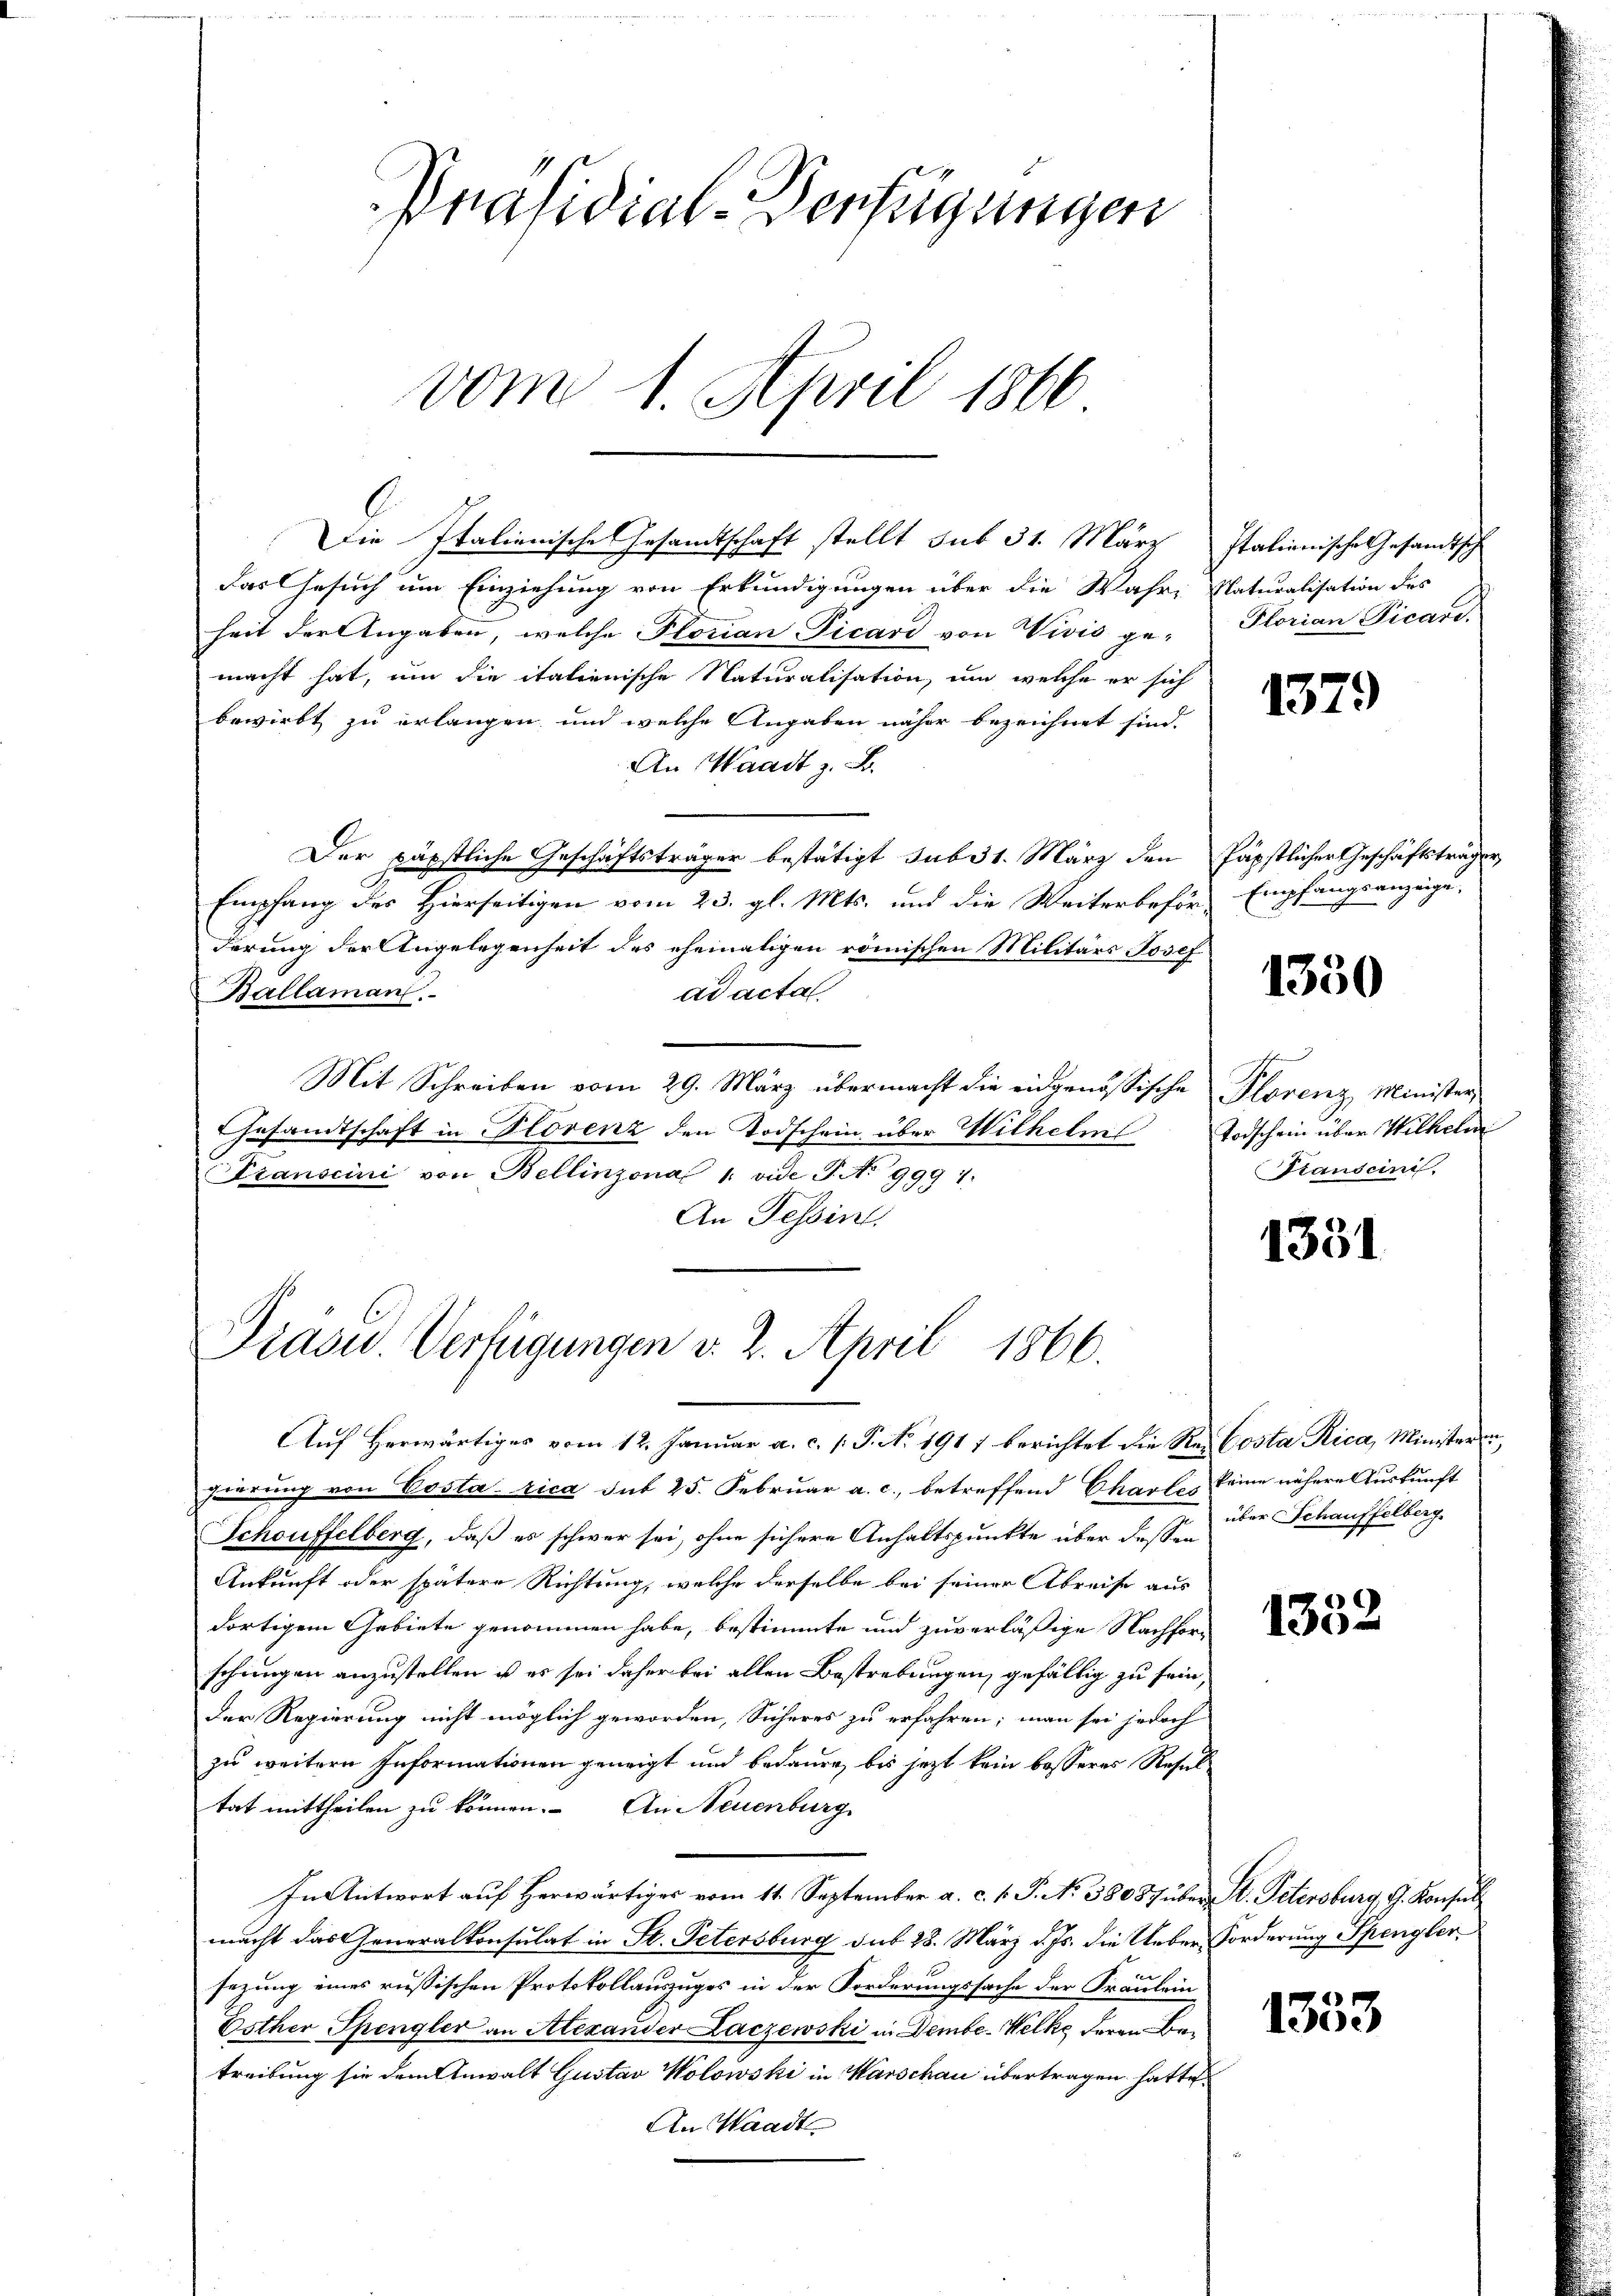
Präsidial-Verfügungen
vom 1. April 1866

Die Italienische Gesandtschaft stellt sub 31. März Italienische Gesandtsch
das Gesuch um Einziehung von Erkundigungen über die Wahre Naturalisation des
heit der Angaben, welche Florian Picard von Vivis ge-
macht hat, um die italienische Naturalisation, um welche er sich
bewirkt zu erlangen, und welche Angaben näher bezeichnet sind.
An Waadt z. B.
Der päpstliche Geschäftsträger bestätigt sub 31. März den Päpstlicher Geschäftsträg
Empfang des Hierseitigen vom 23. gl. Mts. und die Weiterbeför-
derung der Angelegenheit des ehemaligen römischen Militärs Josef
ad acta
Ballaman.
Mit Schreiben vom 29. März übermacht die eingenössische Plorenz Minister
Gesandtschaft in Plorenz den Todschein über Wilhelms Todschein über Wilhelm
Transcini von Bellinzona 1. vide S. No 999 1
An Tessin,

Präsid.. Verfügungen v. 2. April 1866.

Auf Herwärtiges vom 12. Januar a. c. (T. No 1917 berichtet die Rei Costa Rica, Minister u
sierung von Costa rica sub 25. Februar a. c., betreffend Charles keine nähere Auskunft
Schouffelberg, daß es schwer sei, ohne sichere Anhaltspunkte über deßen über Schauffelberg
Ankunft oder spätere Richtung, welche derselbe bei seiner Abreise aus
dortigem Gebiete genommen habe, bestimmte und zuverläßige Nachforschungen anzustellen ist es sei daher bei allen Bestrebungen, gefällig zu sein,
Der Regierung nicht möglich geworden, Sicheres zu erfahren; man sei jedoch
zu weitern Informationen geneigt und bedaure, bis jezt kein besseres Resultat mittheilen zu können. An Neuenburg
In Antwort auf Herwärtiger vom 11. September a. c. v. J. No 38087 über St. Petersburg, G. Konsul
macht das Generalkonsulat in St. Petersburg sub 28. März d. Js. die Ueber Forderung Spengler
sezung eines russischen Protokollauszuges in der Forderungssache der Fräulein
Esther Spengler an Alexander Laczewski in Dembe-Welke deren Betreibung sie dem Anwalt Gustav Wolowski in Warschau übertragen hatte
An Waadt

Plorian Picare.

1379

Empfangsanzeige,

1350

Standeini

1331

1352

1333